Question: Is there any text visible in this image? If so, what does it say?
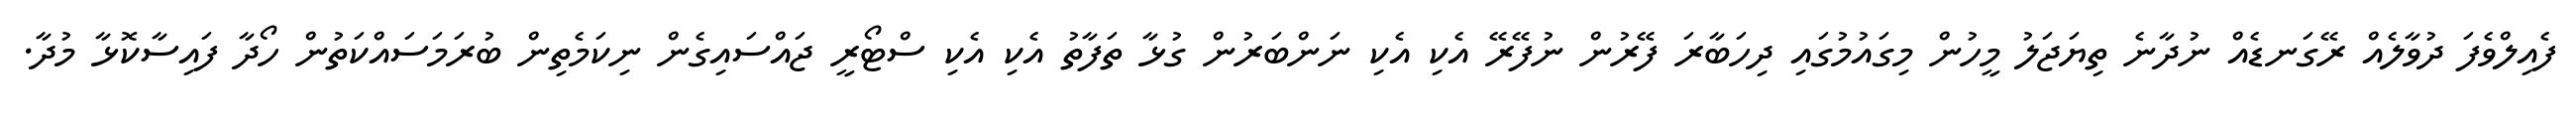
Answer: ފެއިލްވެފަ ދުވާލެއް ރޭގަނޑެއް ނުދާނެ ތިޔަޖަލު މީހުން މިގައުމުގައި ދިހަބާރަ ފޭރުން ނުފޭރޭ އެކި އެކި ނަންބަރުން ގުޅާ ތަފާތު އެކި އެކި ސްޓޯރީ ޖައްސައިގެން ނިކަމެތިން ބުރަމަސައްކަތުން ހޯދާ ފައިސާކޮޅާ މުދާ.